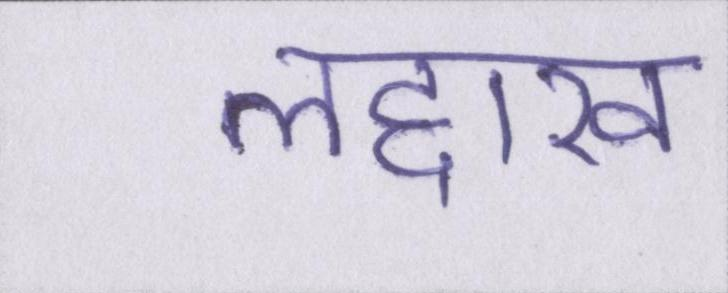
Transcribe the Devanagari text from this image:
लद्दाख